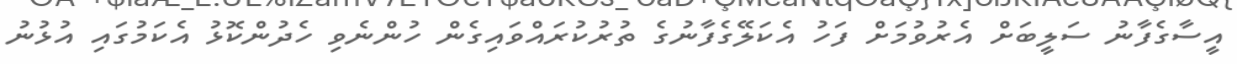
އީސާގެފާނު ސަލީބަށް އެރުވުމަށް ފަހު އެކަލޭގެފާނުގެ ތުރުކުރައްވައިގެން ހުންނެވި ހެދުންކޮޅު އެކަމުގައި އުޅުނު